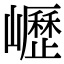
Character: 㠣